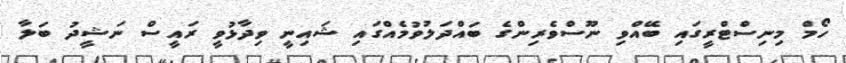
ހޯމް މިނިސްޓްރީގައި ބޭއްވި ނޫސްވެރިންގެ ބައްދަލުވުމެއްގައި ޝައިނީ ވިދާޅުވީ ރައީސް ނަޝީދު ބަލާ